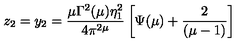
z _ { 2 } = y _ { 2 } = \frac { \mu \Gamma ^ { 2 } ( \mu ) \eta _ { 1 } ^ { 2 } } { 4 \pi ^ { 2 \mu } } \left[ \Psi ( \mu ) + \frac { 2 } { ( \mu - 1 ) } \right]